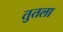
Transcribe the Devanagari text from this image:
तुतला